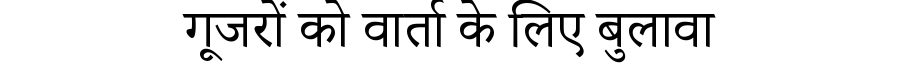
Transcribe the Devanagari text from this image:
गूजरों को वार्ता के लिए बुलावा